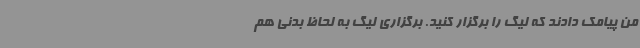
من پیامک دادند که لیگ را برگزار کنید. برگزاری لیگ به لحاظ بدنی هم